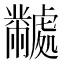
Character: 𬹜